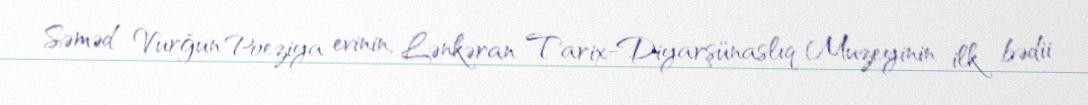
Səməd Vurğun Poeziya evinin, Lənkəran Tarix-Diyarşünaslıq Muzeyinin ilk bədii